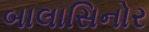
બાલાસિનોર